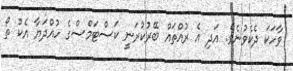
ވާހަކަ ދެކެވުނެވެ. އަދި އެ ރުއްތައް ބޭރުކުރަނީ ކަސްޓަމްސްގެ ހުއްދަޔާ އެކު ތޯ